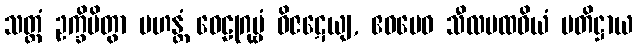
သတ္ထံ ဥက္ခိပိတွာ မဟန္တံ ဝေဠုဂုမ္ဗံ ဝိဇဋေယျ, ဧဝမေဝ သီလပထဝိယံ ပတိဋ္ဌာယ